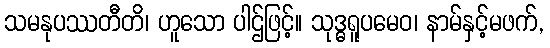
သမနုပဿတီတိ၊ ဟူသော ပါဌ်ဖြင့်။ သုဒ္ဓရူပမေဝ၊ နာမ်နှင့်မဖက်,